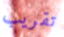
تقريب